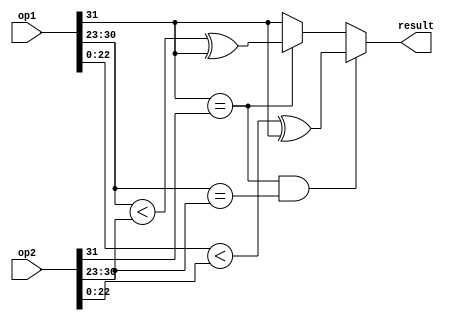
module fless (
    input wire [31:0] op1,
    input wire [31:0] op2,
    output wire result
);

    wire sig1 = op1[31];
    wire sig2 = op2[31];
    wire [7:0] exp1 = op1[30:23];
    wire [7:0] exp2 = op2[30:23];

    assign result = ((sig1 == sig2) && (exp1 == exp2)) ? (op1[22:0] < op2[22:0]) ^ sig1 :
                    (sig1 == sig2) ? (exp1 < exp2) ^ sig1 : sig1;

endmodule